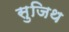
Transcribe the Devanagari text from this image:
सुजिथ